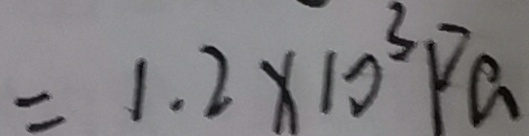
= 1 . 2 \times 1 0 ^ { 3 } P a